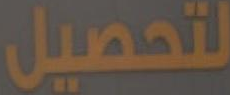
لتحصيل